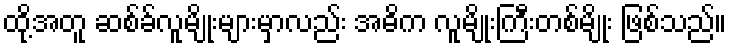
ထို့အတူ ဆစ်ခ်လူမျိုးများမှာလည်း အဓိက လူမျိုးကြီးတစ်မျိုး ဖြစ်သည်။